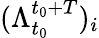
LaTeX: (\Lambda_{t_{0}}^{t_{0}+T})_{i}